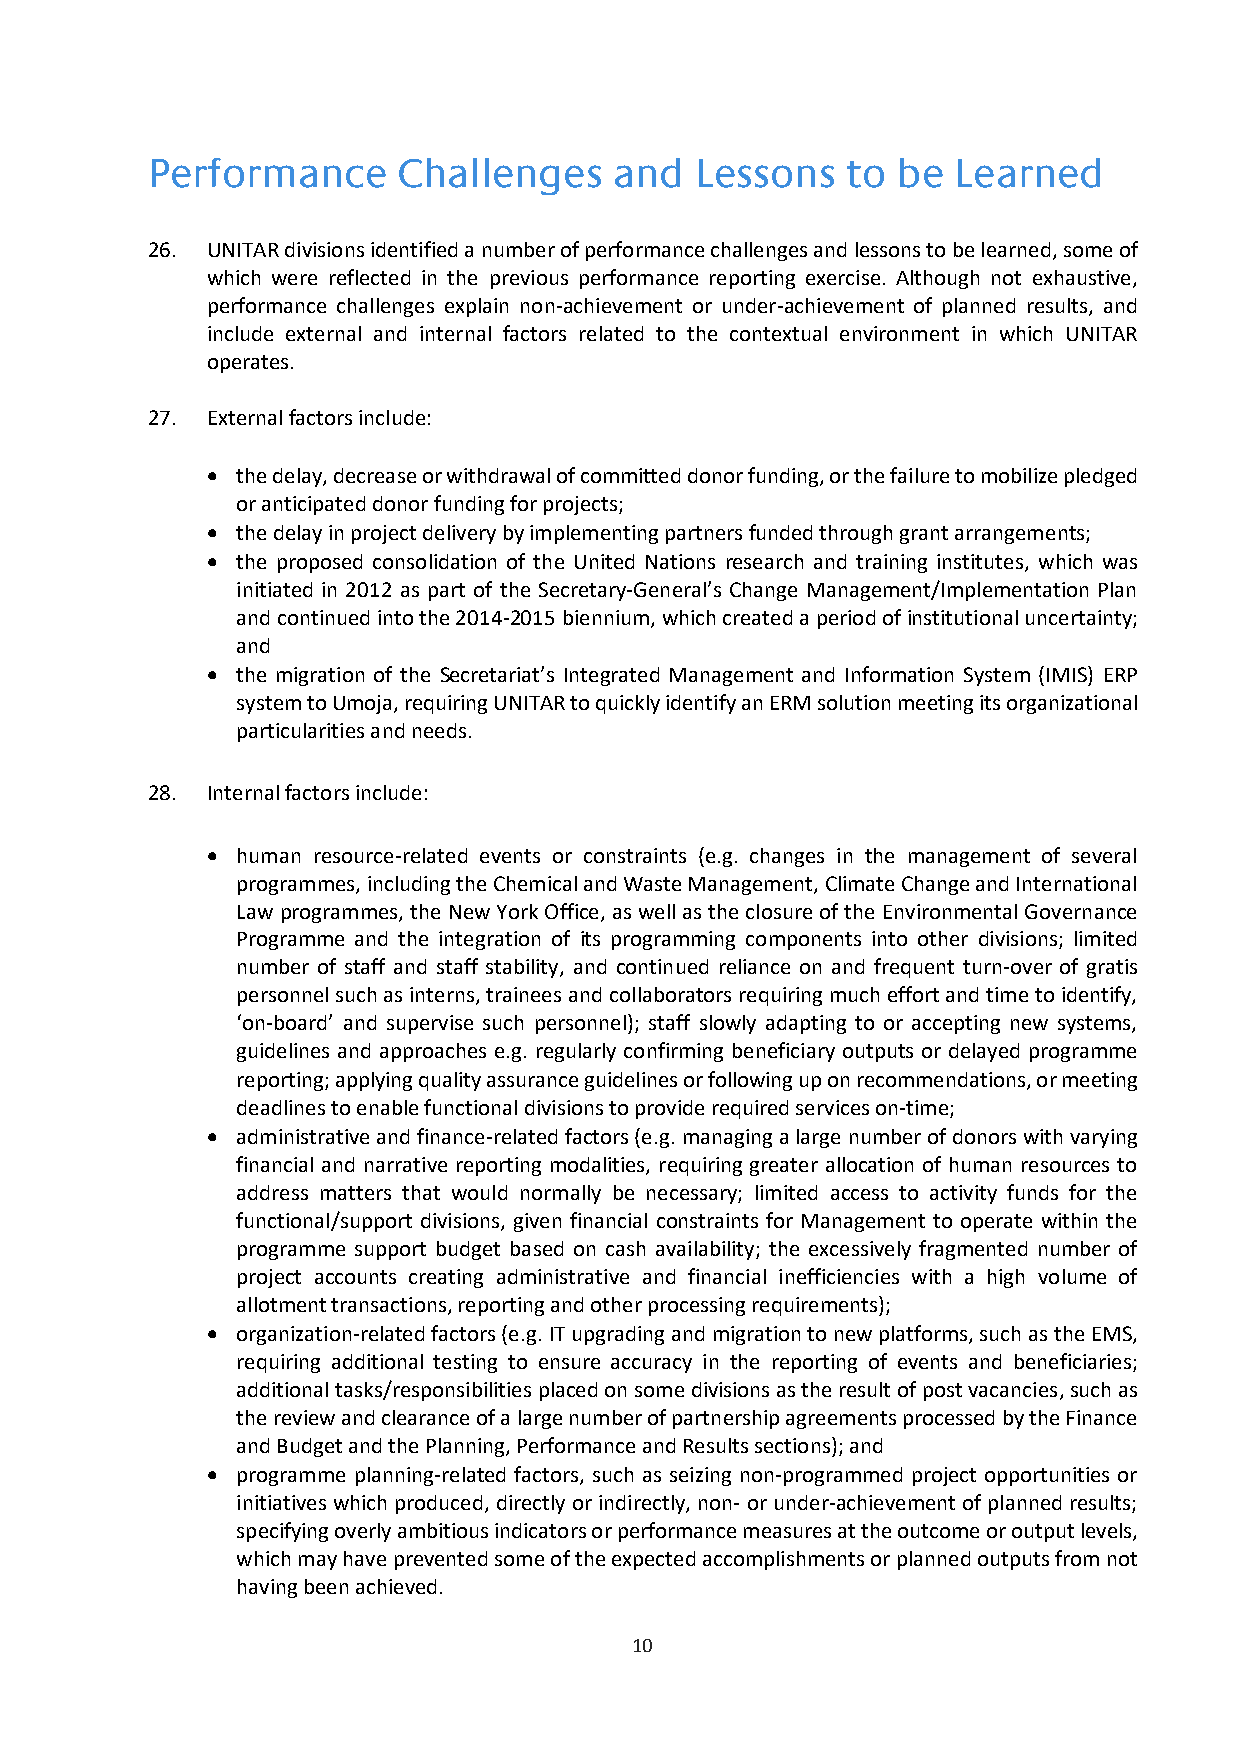
Performance     Challenges     and  Lessons   to be  Learned
 26. UNITAR divisions identified a number of performance challenges and lessons to be learned, some of
 which were reflected in the previous performance reporting exercise. Although not exhaustive,
 performance challenges explain non-achievement or under-achievement of planned results, and
 include external and internal factors related to the contextual environment in which UNITAR
 operates.
 27. External factors include:
  the delay, decrease or withdrawal of committed donor funding, or the failure to mobilize pledged
 or anticipated donor funding for projects;
  the delay in project delivery by implementing partners funded through grant arrangements;
  the proposed consolidation of the United Nations research and training institutes, which was
 initiated in 2012 as part of the Secretary-General’s Change Management/Implementation Plan
 and continued into the 2014-2015 biennium, which created a period of institutional uncertainty;
 and
  the migration of the Secretariat’s Integrated Management and Information System (IMIS) ERP
 system to Umoja, requiring UNITAR to quickly identify an ERM solution meeting its organizational
 particularities and needs.
 28. Internal factors include:
  human resource-related events or constraints (e.g. changes in the management of several
 programmes, including the Chemical and Waste Management, Climate Change and International
 Law programmes, the New York Office, as well as the closure of the Environmental Governance
 Programme and the integration of its programming components into other divisions; limited
 number of staff and staff stability, and continued reliance on and frequent turn-over of gratis
 personnel such as interns, trainees and collaborators requiring much effort and time to identify,
 ‘on-board’ and supervise such personnel); staff slowly adapting to or accepting new systems,
 guidelines and approaches e.g. regularly confirming beneficiary outputs or delayed programme
 reporting; applying quality assurance guidelines or following up on recommendations, or meeting
 deadlines to enable functional divisions to provide required services on-time;
  administrative and finance-related factors (e.g. managing a large number of donors with varying
 financial and narrative reporting modalities, requiring greater allocation of human resources to
 address matters that would normally be necessary; limited access to activity funds for the
 functional/support divisions, given financial constraints for Management to operate within the
 programme support budget based on cash availability; the excessively fragmented number of
 project accounts creating administrative and financial inefficiencies with a high volume of
 allotment transactions, reporting and other processing requirements);
  organization-related factors (e.g. IT upgrading and migration to new platforms, such as the EMS,
 requiring additional testing to ensure accuracy in the reporting of events and beneficiaries;
 additional tasks/responsibilities placed on some divisions as the result of post vacancies, such as
 the review and clearance of a large number of partnership agreements processed by the Finance
 and Budget and the Planning, Performance and Results sections); and
  programme planning-related factors, such as seizing non-programmed project opportunities or
 initiatives which produced, directly or indirectly, non- or under-achievement of planned results;
 specifying overly ambitious indicators or performance measures at the outcome or output levels,
 which may have prevented some of the expected accomplishments or planned outputs from not
 having been achieved.
 10